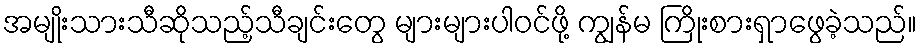
အမျိုးသားသီဆိုသည့်သီချင်းတွေ များများပါဝင်ဖို့ ကျွန်မ ကြိုးစားရှာဖွေခဲ့သည်။